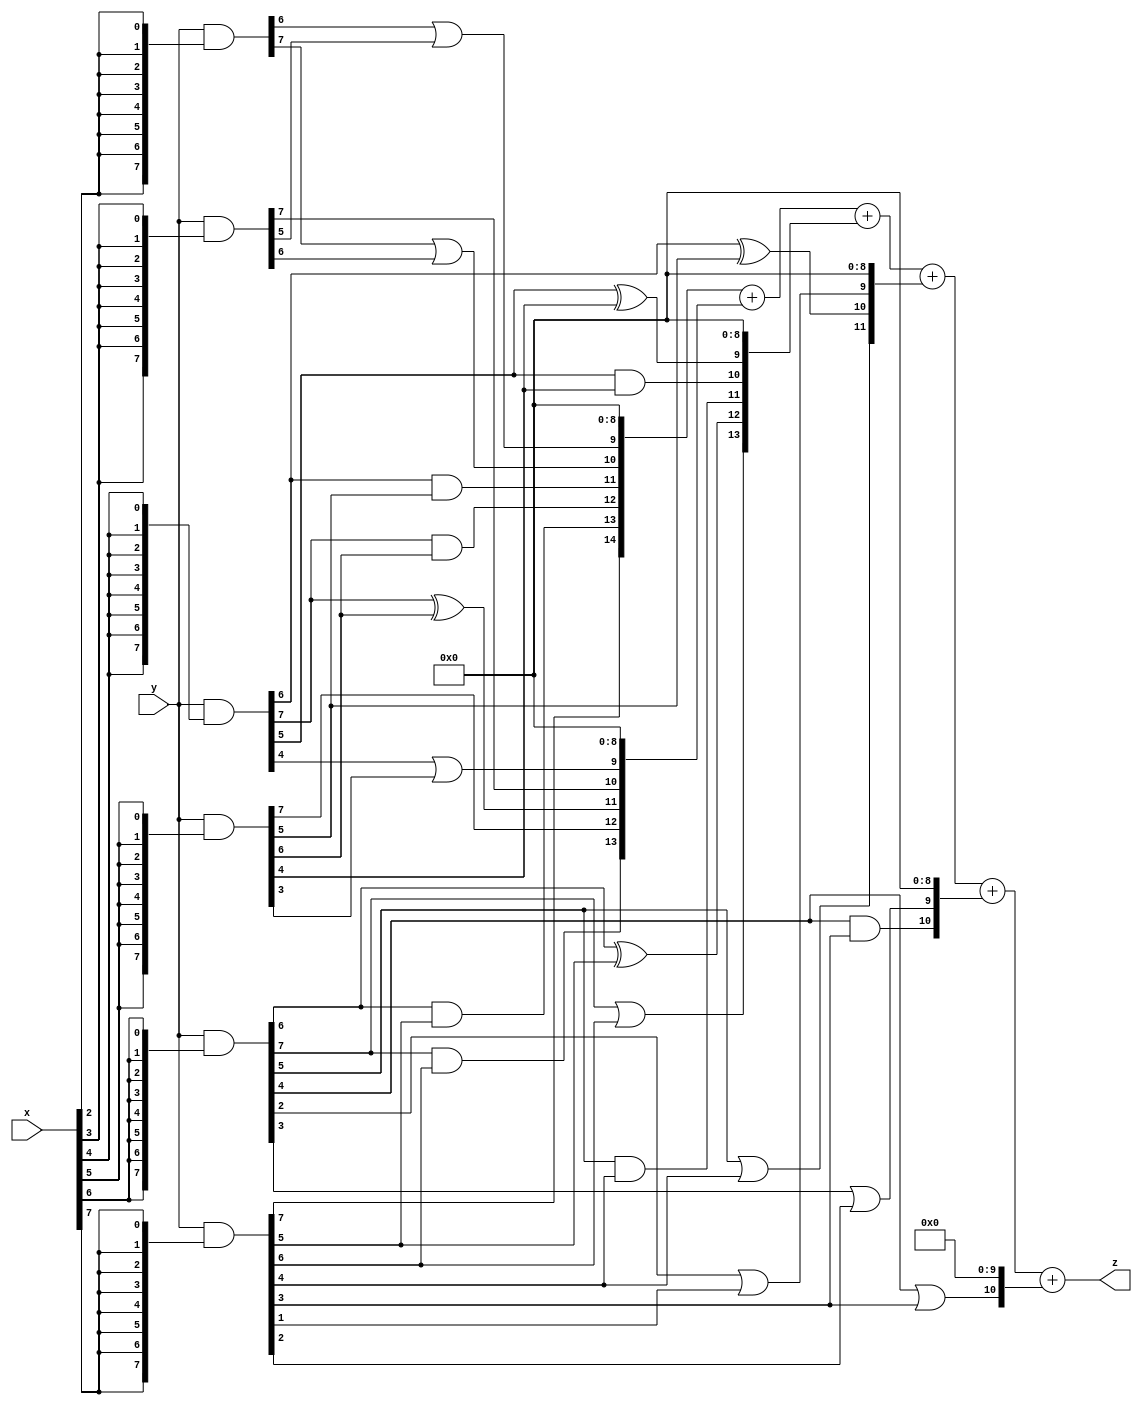
// terms: 22
// fval:  823854.25

module unsigned_8x8_l8_lamb30000_9 (
	input [7:0] x,
	input [7:0] y,
	output [15:0] z
);


wire [7:0] part1 =  y & {8{x[0]}};
wire [7:0] part2 =  y & {8{x[1]}};
wire [7:0] part3 =  y & {8{x[2]}};
wire [7:0] part4 =  y & {8{x[3]}};
wire [7:0] part5 =  y & {8{x[4]}};
wire [7:0] part6 =  y & {8{x[5]}};
wire [7:0] part7 =  y & {8{x[6]}};
wire [7:0] part8 =  y & {8{x[7]}};

wire [14:0] new_part1;
assign new_part1[0] = 0;
assign new_part1[1] = 0;
assign new_part1[2] = 0;
assign new_part1[3] = 0;
assign new_part1[4] = 0;
assign new_part1[5] = 0;
assign new_part1[6] = 0;
assign new_part1[7] = 0;
assign new_part1[8] = 0;
assign new_part1[9] = part3[6] | part4[5];
assign new_part1[10] = part3[7] | part4[6];
assign new_part1[11] = part5[6] & part6[5];
assign new_part1[12] = part5[7] & part6[6];
assign new_part1[13] = part7[6] & part8[5];
assign new_part1[14] = part8[7];

wire [13:0] new_part2;
assign new_part2[0] = 0;
assign new_part2[1] = 0;
assign new_part2[2] = 0;
assign new_part2[3] = 0;
assign new_part2[4] = 0;
assign new_part2[5] = 0;
assign new_part2[6] = 0;
assign new_part2[7] = 0;
assign new_part2[8] = 0;
assign new_part2[9] = part5[4] | part6[3];
assign new_part2[10] = part4[7];
assign new_part2[11] = part5[7] ^ part6[6];
assign new_part2[12] = part6[7];
assign new_part2[13] = part7[7] & part8[6];

wire [13:0] new_part3;
assign new_part3[0] = 0;
assign new_part3[1] = 0;
assign new_part3[2] = 0;
assign new_part3[3] = 0;
assign new_part3[4] = 0;
assign new_part3[5] = 0;
assign new_part3[6] = 0;
assign new_part3[7] = 0;
assign new_part3[8] = 0;
assign new_part3[9] = part5[5] ^ part6[4];
assign new_part3[10] = part5[5] & part6[4];
assign new_part3[11] = part7[5] & part8[4];
assign new_part3[12] = part7[6] ^ part8[5];
assign new_part3[13] = part7[7] | part8[6];

wire [11:0] new_part4;
assign new_part4[0] = 0;
assign new_part4[1] = 0;
assign new_part4[2] = 0;
assign new_part4[3] = 0;
assign new_part4[4] = 0;
assign new_part4[5] = 0;
assign new_part4[6] = 0;
assign new_part4[7] = 0;
assign new_part4[8] = 0;
assign new_part4[9] = part7[2] | part8[1];
assign new_part4[10] = part5[6] ^ part6[5];
assign new_part4[11] = part7[5] | part8[4];

wire [10:0] new_part5;
assign new_part5[0] = 0;
assign new_part5[1] = 0;
assign new_part5[2] = 0;
assign new_part5[3] = 0;
assign new_part5[4] = 0;
assign new_part5[5] = 0;
assign new_part5[6] = 0;
assign new_part5[7] = 0;
assign new_part5[8] = 0;
assign new_part5[9] = part7[3] | part8[2];
assign new_part5[10] = part7[4] & part8[3];

wire [10:0] new_part6;
assign new_part6[0] = 0;
assign new_part6[1] = 0;
assign new_part6[2] = 0;
assign new_part6[3] = 0;
assign new_part6[4] = 0;
assign new_part6[5] = 0;
assign new_part6[6] = 0;
assign new_part6[7] = 0;
assign new_part6[8] = 0;
assign new_part6[9] = 0;
assign new_part6[10] = part7[4] | part8[3];

assign z = new_part1 + new_part2 + new_part3 + new_part4 + new_part5 + new_part6;
endmodule